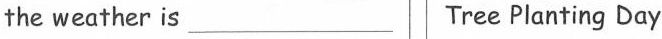
the weather is ___ Tree Planting Day